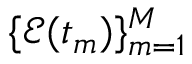
\{ { \mathcal E } ( t _ { m } ) \} _ { m = 1 } ^ { M }